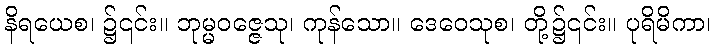
နိရယေစ၊ ၌၎င်း။ ဘုမ္မဝဇ္ဇေသု၊ ကုန်သော။ ဒေဝေသုစ၊ တို့၌၎င်း။ ပုရိမိကာ၊